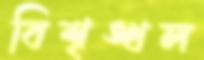
বিশৃঙ্খল